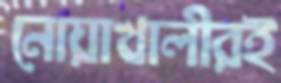
নোয়াখালীরই